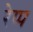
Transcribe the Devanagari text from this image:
रेप्प